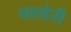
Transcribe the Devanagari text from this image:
चाल्हेरी